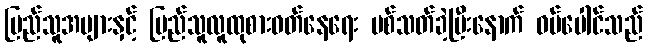
ပြည်သူအများနှင့် ပြည်သူလူထုစားဝတ်နေရေး ပစ်သတ်ခဲ့ပြီးနောက် ဝမ်ပေါင်သည်